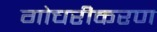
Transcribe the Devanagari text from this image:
गोचरीकरण